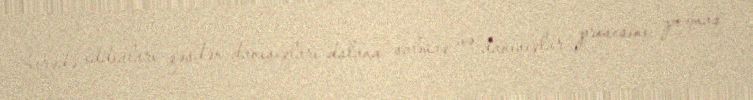
barədə iddiaları qəsdən danışıqları dalana salmaq və danışıqlar prosesini pozmaq